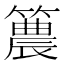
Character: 𥵛